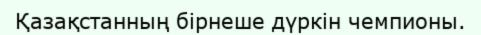
Қазақстанның бірнеше дүркін чемпионы.